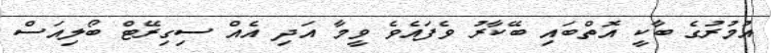
އުމުރުގެ ބާކީ އޮތްބައި ބޭކާރު ވެފައެވެ ވީމާ އަދި އެއް ސިގިރޭޓް ބޯލިއަސް